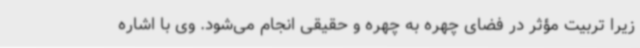
زیرا تربیت مؤثر در فضای چهره به چهره و حقیقی انجام می‌شود. وی با اشاره